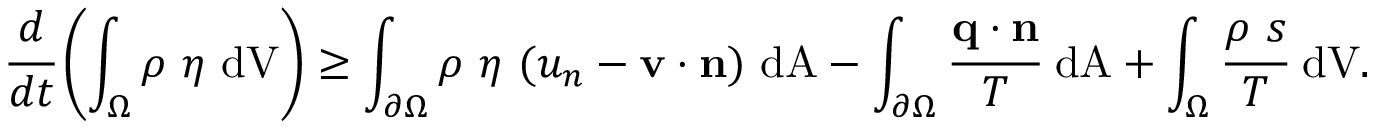
{ { \cfrac { d } { d t } } \left( \int _ { \Omega } \rho ~ \eta ~ { \mathrm { d V } } \right) \geq \int _ { \partial \Omega } \rho ~ \eta ~ ( u _ { n } - \mathbf { v } \cdot \mathbf { n } ) ~ { \mathrm { d A } } - \int _ { \partial \Omega } { \cfrac { \mathbf { q } \cdot \mathbf { n } } { T } } ~ { \mathrm { d A } } + \int _ { \Omega } { \cfrac { \rho ~ s } { T } } ~ { \mathrm { d V } } . }